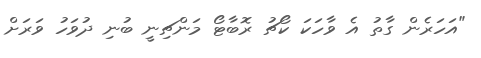
"އަހަރެން ގާތު އެ ވާހަކަ ކޯޗު ރޮބާޓޯ މަންޗިނީ ބުނި ދުވަހު ވަރަށް